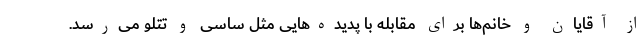
از آقایان و خانم‌ها برای مقابله با پدیده‌هایی مثل ساسی و تتلو می‌رسد.